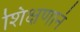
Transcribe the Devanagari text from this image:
शिक्षणानं